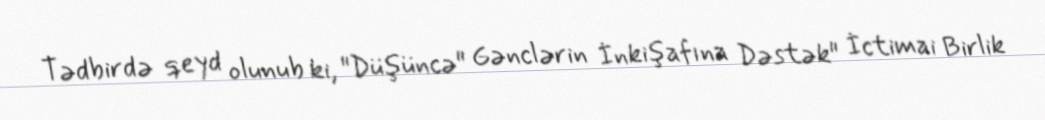
Tədbirdə qeyd olunub ki, "Düşüncə" Gənclərin İnkişafına Dəstək" İctimai Birlik